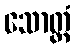
သောတ္တံ